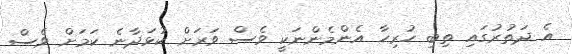
އެ ދަތުރުގައި ތިބި ހުރިހާ އެންމެންނަކީ ވެސް ވަރަށް ކުޅަދާނެ ކަމަށް ވެސް